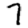
Digit: 7